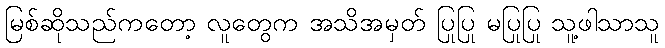
မြစ်ဆိုသည်ကတော့ လူတွေက အသိအမှတ် ပြုပြု မပြုပြု သူ့ဖါသာသူ